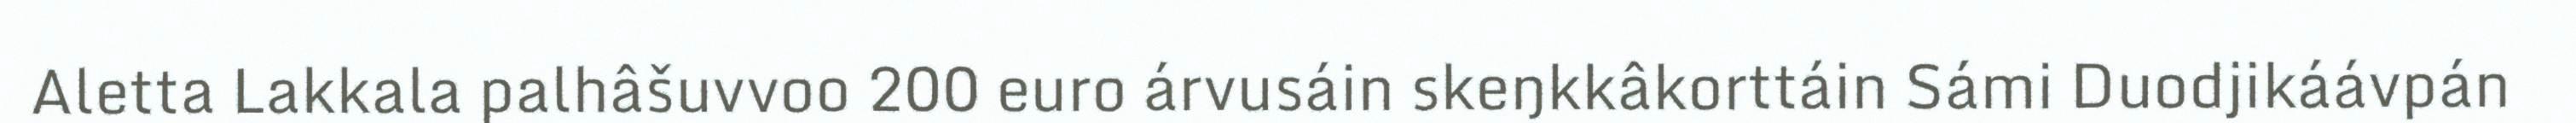
Aletta Lakkala palhâšuvvoo 200 euro árvusáin skeŋkkâkorttáin Sámi Duodjikáávpán